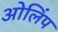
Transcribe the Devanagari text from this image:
ओलिंप